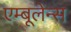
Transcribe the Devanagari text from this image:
एम्‍बूलेन्‍स